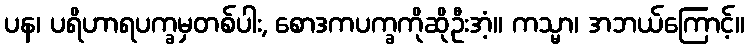
ပန၊ ပရိဟာရပက္ခမှတစ်ပါး, စောဒကပက္ခကိုဆိုဦးအံ့။ ကသ္မာ၊ အဘယ်ကြောင့်။